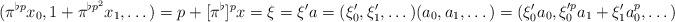
LaTeX: \begin{align*}(\pi^{\flat p}x_0,1+\pi^{\flat p^2}x_1,\dots)=p+[\pi^\flat]^px=\xi=\xi^\prime a=(\xi_0^\prime,\xi_1^\prime,\dots)(a_0,a_1,\dots)=(\xi_0^\prime a_0,\xi_0^{\prime p}a_1+\xi_1^\prime a_0^p,\dots)\end{align*}